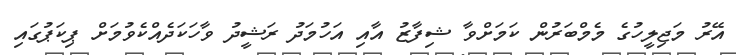
އޭރު މަޖިލީހުގެ މެމްބަރުން ކަމަށްވާ ޝިފާޒު އާއި އަހުމަދު ރަޝީދު ވާހަކަދެއްކެވުމަށް ޕިކަޕުގައި